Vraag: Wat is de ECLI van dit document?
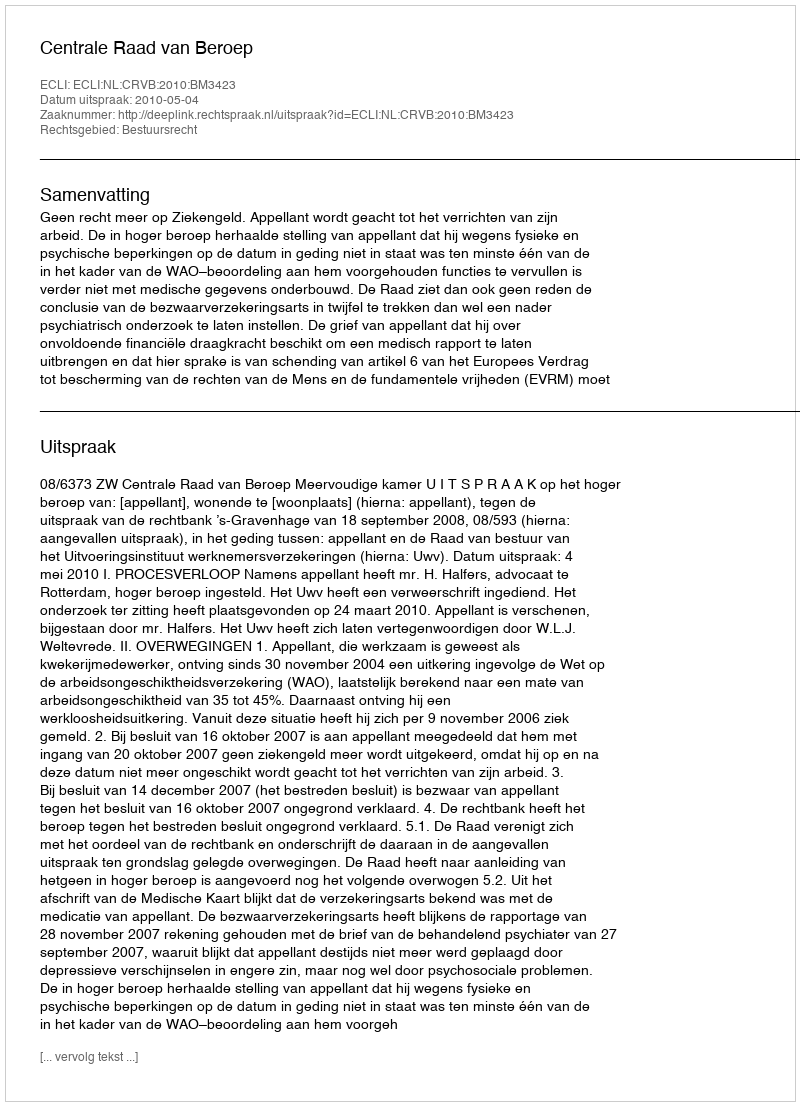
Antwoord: ECLI:NL:CRVB:2010:BM3423